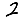
Digit: 2